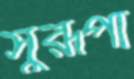
সুরূপা